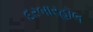
દરબારહૉલ